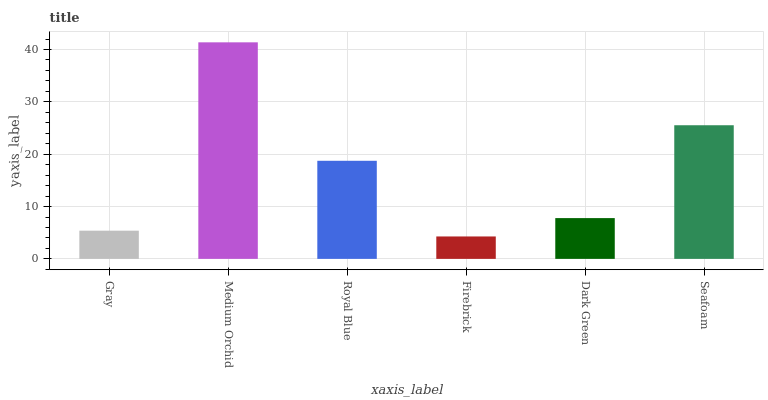
| xaxis_label | bars |
 | --- | --- |
 | Gray | 5.39 |
 | Medium Orchid | 41.4 |
 | Royal Blue | 18.7 |
 | Firebrick | 4.28 |
 | Dark Green | 7.79 |
 | Seafoam | 25.5 |